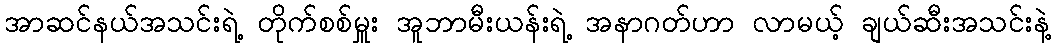
အာဆင်နယ်အသင်းရဲ့ တိုက်စစ်မှူး အူဘာမီးယန်းရဲ့ အနာဂတ်ဟာ လာမယ့် ချယ်ဆီးအသင်းနဲ့